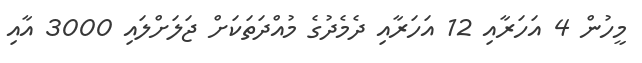
މީހުން 4 އަހަރާއި 12 އަހަރާއި ދެމެދުގެ މުއްދަތަކަށް ޖަލަށްލައި 3000 އާއި